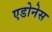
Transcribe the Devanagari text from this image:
एडोनेस